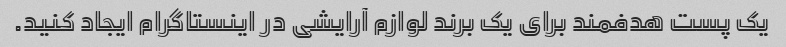
یک پست هدفمند برای یک برند لوازم آرایشی در اینستاگرام ایجاد کنید.